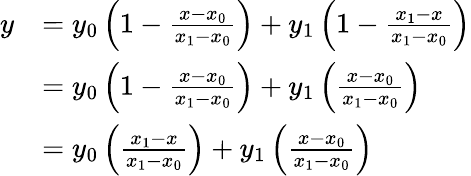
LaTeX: {\begin{array}{rl}{y}&{=y_{0}\left(1-{\frac{x-x_{0}}{x_{1}-x_{0}}}\right)+y_{1}\left(1-{\frac{x_{1}-x}{x_{1}-x_{0}}}\right)}\\ &{=y_{0}\left(1-{\frac{x-x_{0}}{x_{1}-x_{0}}}\right)+y_{1}\left({\frac{x-x_{0}}{x_{1}-x_{0}}}\right)}\\ &{=y_{0}\left({\frac{x_{1}-x}{x_{1}-x_{0}}}\right)+y_{1}\left({\frac{x-x_{0}}{x_{1}-x_{0}}}\right)}\end{array}}